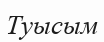
Туысым